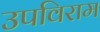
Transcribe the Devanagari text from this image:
उपविराम